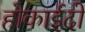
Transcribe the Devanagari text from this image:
होकाईदो